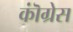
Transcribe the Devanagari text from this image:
कॊंग्रेस